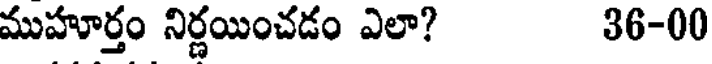
ముహూర్తం నిర్ణయించడం ఎలా? 36-00